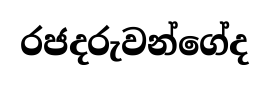
රජදරුවන්ගේද